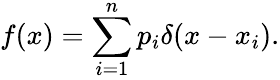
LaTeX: f(x)=\sum_{i=1}^{n}p_{i}\delta(x-x_{i}).